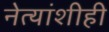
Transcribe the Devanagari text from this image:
नेत्यांशीही